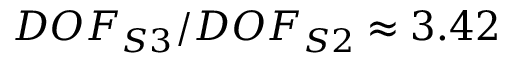
D O F _ { S 3 } / D O F _ { S 2 } \approx 3 . 4 2